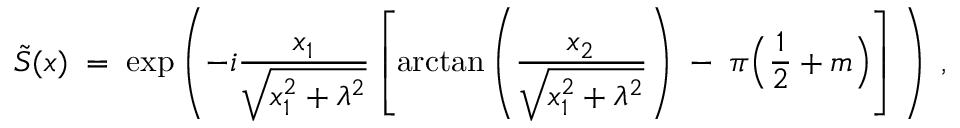
\tilde { S } ( x ) \; = \; \exp \left( - i \frac { x _ { 1 } } { \sqrt { x _ { 1 } ^ { 2 } + \lambda ^ { 2 } } } \left[ \mathrm { a r c t a n } \left( \frac { x _ { 2 } } { \sqrt { x _ { 1 } ^ { 2 } + \lambda ^ { 2 } } } \right) \; - \; \pi \Big ( \frac { 1 } { 2 } + m \Big ) \right] \; \right) \; ,